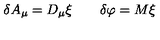
\delta A _ { \mu } = D _ { \mu } \xi \qquad \delta \varphi = M \xi